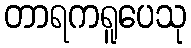
တာရကရူပေသု